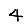
Digit: 4